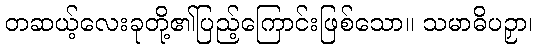
တဆယ့်လေးခုတို့၏ပြည့်ကြောင်းဖြစ်သော။ သမာဓိပဉှာ၊